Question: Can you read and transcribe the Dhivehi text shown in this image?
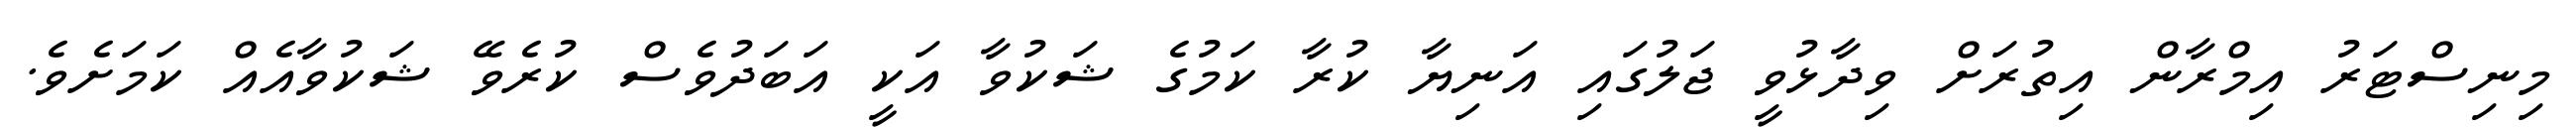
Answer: މިނިސްޓަރު އިމްރާން އިތުރަށް ވިދާޅުވީ ޖަލުގައި އަނިޔާ ކުރާ ކަމުގެ ޝަކުވާ އަކީ އަބަދުވެސް ކުރެވޭ ޝަކުވާއެއް ކަމަށެވެ.